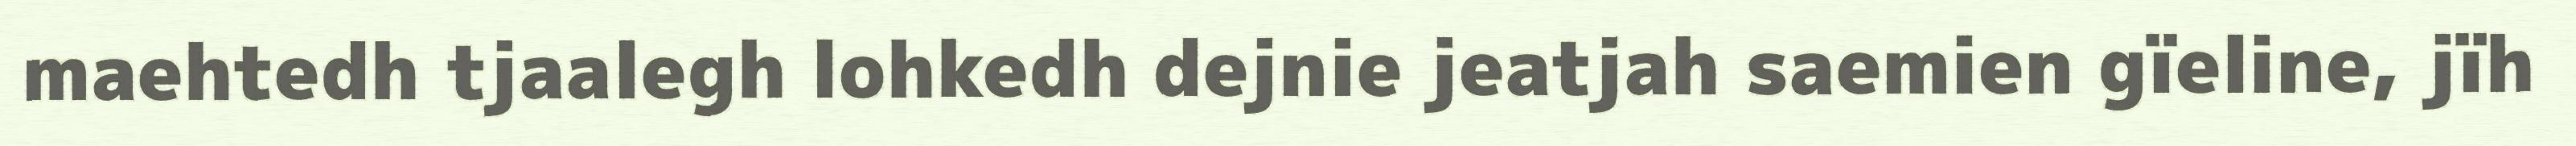
maehtedh tjaalegh lohkedh dejnie jeatjah saemien gïeline, jïh